Medical and sanitary report of the native army of Madras for the year
Year: 1878
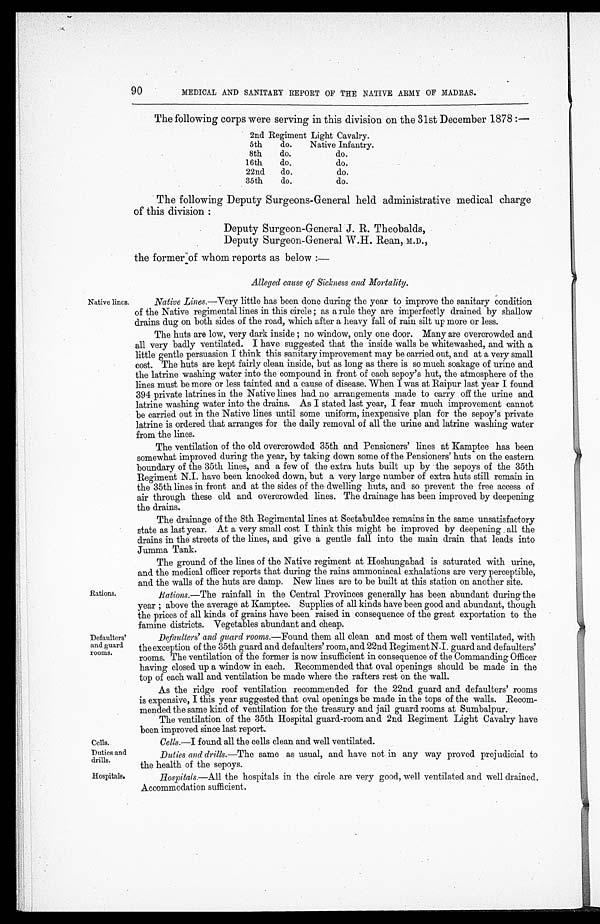
Cells.
Duties and
drills.
Hospitals.
9 0
Native lines.
Rations.
Defaulters'
and guard
rooms.
MEDICAL AND SANITARY REPORT OF THE NATIVE ARMY OF MADRAS.
The following corps were serving in this division on the 31st December 1878 :—
2nd Regiment Light Cavalry.
5th
do.
Native Infantry.
8th
do.
do.
16th
do.
do.
22nd
do.
do.
35th
do.
do.
The following Deputy Surgeons-General held administrative medical charge
of this division:
Deputy Surgeon-General J. R. Theobalds,
Deputy Surgeon-General W.H. Rean, M.D.,
the former of whom reports as below :—
Alleged cause of Sickness and Mortality.
Native Lines.— Very little has been done during the year to improve the sanitary condition
of the Native regimental lines in this circle; as a rule they are imperfectly drained by shallow
drains dug on both sides of the road, which after a heavy fall of rain silt up more or less.
The huts are low, very dark inside; no window, only one door. Many are overcrowded and
all very badly ventilated. I have suggested that the inside walls be whitewashed, and with a
little gentle persuasion I think this sanitary improvement may be carried out, and at a very small
cost. The huts are kept fairly clean inside, but as long as there is so much soakage of urine and
the latrine washing water into the compound in front of each sepoy's hut, the atmosphere of the
lines must be more or less tainted and a cause of disease. When I was at Raipur last year I found
394 private latrines in the Native lines had no arrangements made to carry off the urine and
latrine washing water into the drains. As I stated last year, I fear much improvement cannot
be carried out in the Native lines until some uniform, inexpensive plan for the sepoy's private
latrine is ordered that arranges for the daily removal of all the urine and latrine washing water
from the lines.
The ventilation of the old overcrowded 35th and Pensioners' lines at Kamptee has been
somewhat improved during the year, by taking down some of the Pensioners' huts on the eastern
boundary of the 35th lines, and a few of the extra huts built up by the sepoys of the 35th
Regiment N.I. have been knocked down, but a very large number of extra huts still remain in
the 35th lines in front and at the sides of the dwelling huts, and so prevent the free access of
air through these old and overcrowded lines. The drainage has been improved by deepening
the drains.
The drainage of the 8th Regimental lines at Seetabuldee remains in the same unsatisfactory
state as last year. At a very small cost I think this might be improved by deepening all the
drains in the streets of the lines, and give a gentle fall into the main drain that leads into
Jumma Tank.
The ground of the lines of the Native regiment at Hoshungabad is saturated with urine,
and the medical officer reports that during the rains ammoniacal exhalations are very perceptible,
and the walls of the huts are damp. New lines are to be built at this station on another site.
Rations.— The rainfall in the Central Provinces generally has been abundant during the
year; above the average at Kamptee. Supplies of all kinds have been good and abundant, though
the prices of all kinds of grains have been raised in consequence of the great exportation to the
famine districts. Vegetables abundant and cheap.
Defaulters' and guard rooms.— Found them all clean and most of them well ventilated, with
the exception of the 35th guard and defaulters' room, and 22nd Regiment N.I. guard and defaulters'
rooms. The ventilation of the former is now insufficient in consequence of the Commanding Officer
having closed up a window in each. Recommended that oval openings should be made in the
top of each wall and ventilation be made where the rafters rest on the wall.
As the ridge roof ventilation recommended for the 22nd guard and defaulters' rooms
is expensive, I this year suggested that oval openings be made in the tops of the walls. Recom-
- m e n d e d t h e s a m e k i n d o f v e n t i l a t i o n f o r t h e t r e a s u r y a n d j a i l g u a r d r o o m s a t S u m b a l p u r .
The ventilation of the 35th Hospital guard-room and 2nd Regiment Light Cavalry have
been improved since last report.
Cells.— I found all the cells clean and well ventilated.
Duties and drills.— The same as usual, and have not in any way proved prejudicial to
the health of the sepoys.
Hospitals.— All the hospitals in the circle are very good, well ventilated and well drained.
Accommodation sufficient.